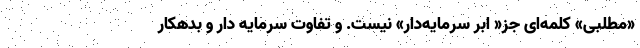
«مطلبی» کلمه‌ای جز« ابر سرمایه‌دار» نیست. و تفاوت سرمایه دار و بدهکار